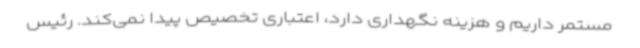
مستمر داریم و هزینه نگهداری دارد، اعتباری تخصیص پیدا نمی‌کند. رئیس